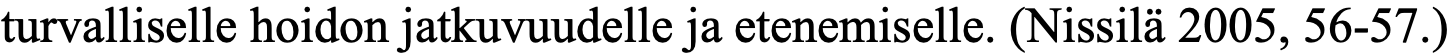
turvalliselle hoidon jatkuvuudelle ja etenemiselle. (Nissilä 2005, 56-57.)